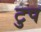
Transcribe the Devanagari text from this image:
टुप